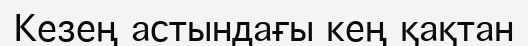
Кезең астындағы кең қақтан